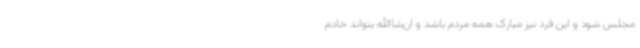
مجلس شود و این فرد نیز مبارک همه مردم باشد و ان‌شاالله بتواند خادم